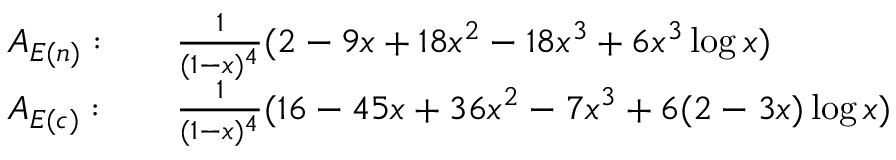
\begin{array} { l l } { { A _ { E ( n ) } : \quad } } & { { \frac { 1 } { ( 1 - x ) ^ { 4 } } ( 2 - 9 x + 1 8 x ^ { 2 } - 1 8 x ^ { 3 } + 6 x ^ { 3 } \log x ) } } \\ { { A _ { E ( c ) } : \quad } } & { { \frac { 1 } { ( 1 - x ) ^ { 4 } } ( 1 6 - 4 5 x + 3 6 x ^ { 2 } - 7 x ^ { 3 } + 6 ( 2 - 3 x ) \log x ) } } \end{array}